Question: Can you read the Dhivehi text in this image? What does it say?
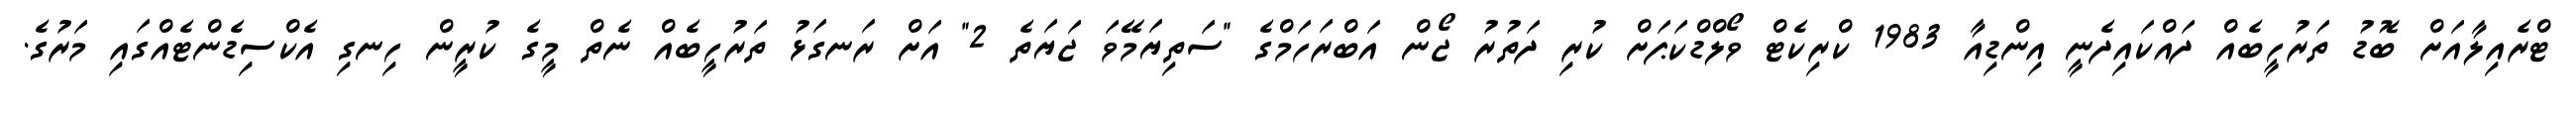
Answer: ޓްރެއިލާއަށް ބޮޑު ތަރުހީބެއް ދައްކައިދެނީ އިންޑިއާ 1983 ކްރިކެޓް ވޯލްޑްކަޕަށް ކުރި ދަތުރު ޖޯން އަބްރަހަމްގެ "ސަތިޔަމޭވަ ޖަޔަތެ 2" އަށް ރަނގަޅު ތަރުހީބެއް ނެތް މީގެ ކުރީން ހިނގި އެކްސިޑެންޓެއްގައި މަރުގެ.